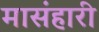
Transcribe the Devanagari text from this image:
मासंहारी